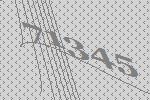
71345